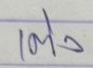
เต็ง